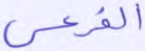
الفرعي